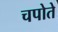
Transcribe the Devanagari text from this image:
चपोते